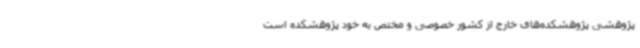
پژوهشی پژوهشکده‌های خارج از کشور خصوصی و مختص به خود پژوهشکده است